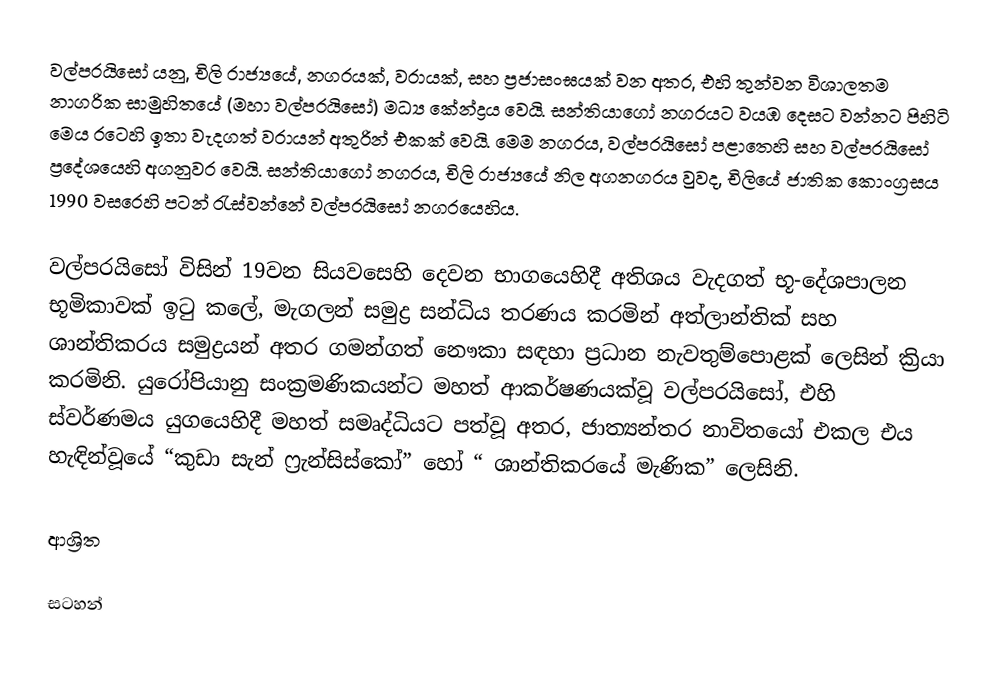
වල්පරයිසෝ යනු,  චිලි රාජ්‍යයේ, නගරයක්, වරායක්, සහ  ප්‍රජාසංඝයක් වන අතර, එහි තුන්වන විශාලතම නාගරික සාමුහිතයේ (මහා වල්පරයිසෝ) මධ්‍ය කේන්ද්‍රය වෙයි. සන්තියාගෝ නගරයට   වයඹ දෙසට වන්නට පිහිටි මෙය   රටෙහි ඉතා වැදගත් වරායන් අතුරින් එකක් වෙයි. මෙම නගරය,  වල්පරයිසෝ පළාතෙහි සහ වල්පරයිසෝ ප්‍රදේශයෙහි අගනුවර වෙයි. සන්තියාගෝ නගරය, චිලි රාජ්‍යයේ නිල අගනගරය වුවද, චිලියේ ජාතික කොංග්‍රසය 1990 වසරෙහි පටන් රැස්වන්නේ  වල්පරයිසෝ නගරයෙහිය.

වල්පරයිසෝ විසින් 19වන සියවසෙහි දෙවන භාගයෙහිදී අතිශය වැදගත් භූ-දේශපාලන භූමිකාවක් ඉටු කලේ, මැගලන් සමුද්‍ර සන්ධිය තරණය කරමින් අත්ලාන්තික් සහ ශාන්තිකරය සමුද්‍රයන් අතර ගමන්ගත් නෞකා සඳහා ප්‍රධාන නැවතුම්පොළක් ලෙසින් ක්‍රියා කරමිනි. යුරෝපියානු සංක්‍රමණිකයන්ට මහත් ආකර්ෂණයක්වූ වල්පරයිසෝ,  එහි ස්වර්ණමය යුගයෙහිදී මහත් සමෘද්ධියට පත්වූ අතර, ජාත්‍යන්තර නාවිතයෝ එකල එය හැඳින්වූයේ  “කුඩා සැන් ෆ්‍රැන්සිස්කෝ” හෝ “ ශාන්තිකරයේ මැණික” ලෙසිනි.

ආශ්‍රිත

සටහන්